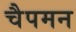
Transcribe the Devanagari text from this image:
चैपमन